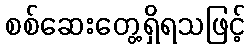
စစ်ဆေးတွေ့ရှိရသဖြင့်